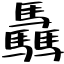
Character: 驫